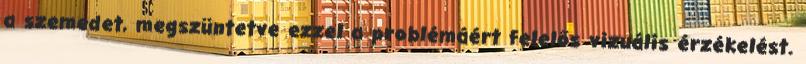
a szemedet, megszüntetve ezzel a problémáért felelős vizuális érzékelést.